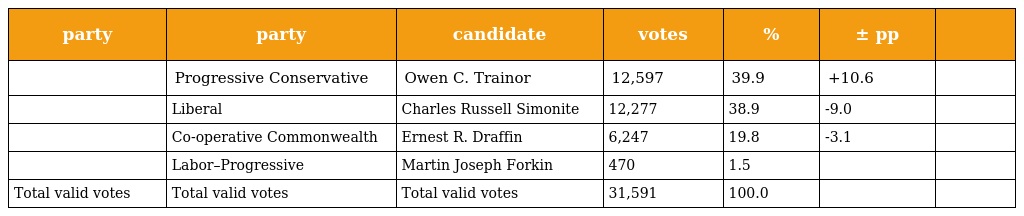
| party | party | candidate | votes | % | ± pp |  |
 | --- | --- | --- | --- | --- | --- | --- |
 |  | Progressive Conservative | Owen C. Trainor | 12,597 | 39.9 | +10.6 |  |
 |  | Liberal | Charles Russell Simonite | 12,277 | 38.9 | -9.0 |  |
 |  | Co-operative Commonwealth | Ernest R. Draffin | 6,247 | 19.8 | -3.1 |  |
 |  | Labor–Progressive | Martin Joseph Forkin | 470 | 1.5 |  |  |
 | Total valid votes | Total valid votes | Total valid votes | 31,591 | 100.0 |  |  |